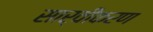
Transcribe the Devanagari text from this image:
सार्वीकरण